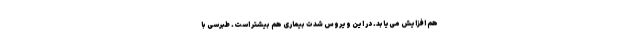
هم افزایش می‌یابد. در این ویروس شدت بیماری هم بیشتر است. طبرسی با